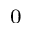
_ 0